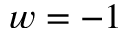
w = - 1